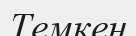
Темкен